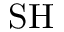
\mathrm { S H }